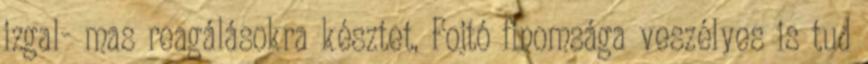
izgal- mas reagálásokra késztet. Fojtó finomsága veszélyes is tud